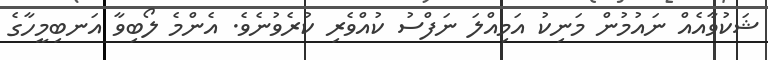
ޝަކުވާއެއް ނައުމުން މަނިކު އަމިއްލަ ނަފްސު ކުއްވެރި ކުރެވުނެވެ. އެންމެ ލޯބިވާ އަނބިމީހާގެ